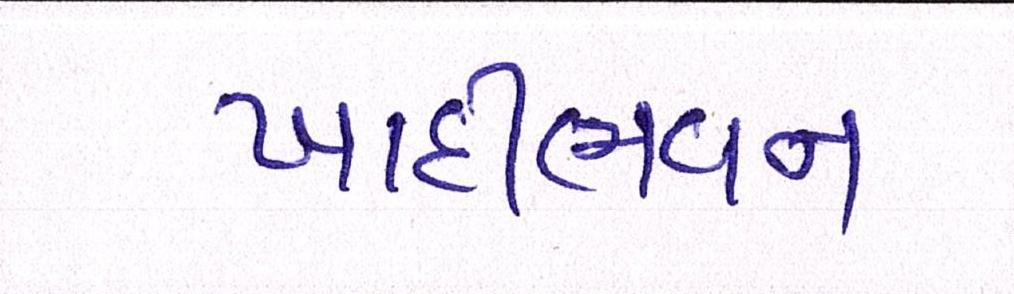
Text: ખાદીભવન